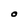
Character: O